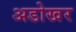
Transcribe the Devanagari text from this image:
अडोखर